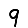
Digit: 9